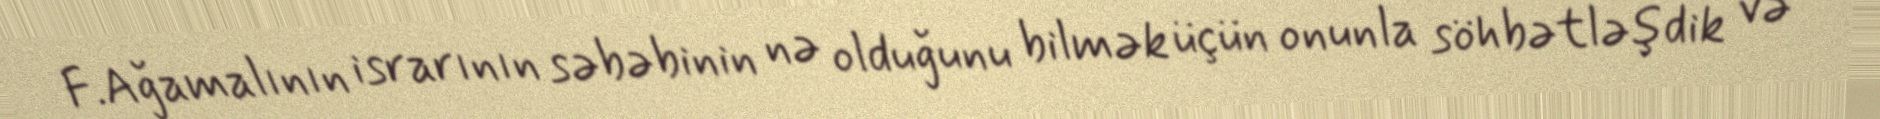
F.Ağamalının israrının səbəbinin nə olduğunu bilmək üçün onunla söhbətləşdik və